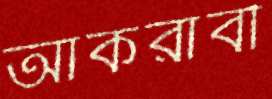
আকরাবী